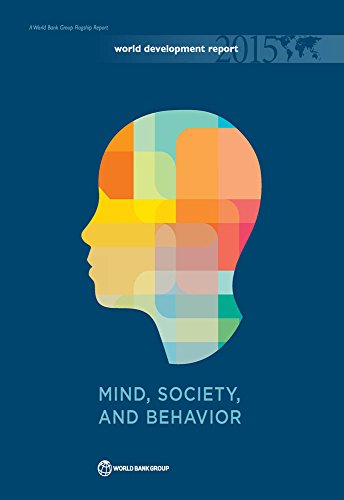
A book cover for World Development Report 2015: Mind, Society, and Behavior; World Bank; Business & Money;